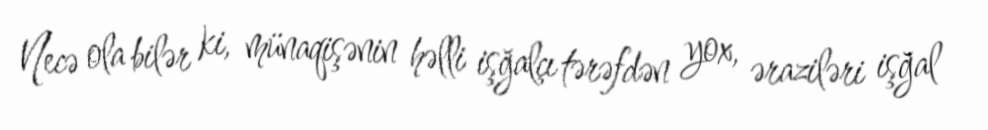
Necə ola bilər ki, münaqişənin həlli işğalçı tərəfdən yox, əraziləri işğal